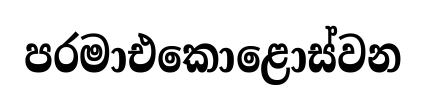
පරමාඑකොළොස්වන